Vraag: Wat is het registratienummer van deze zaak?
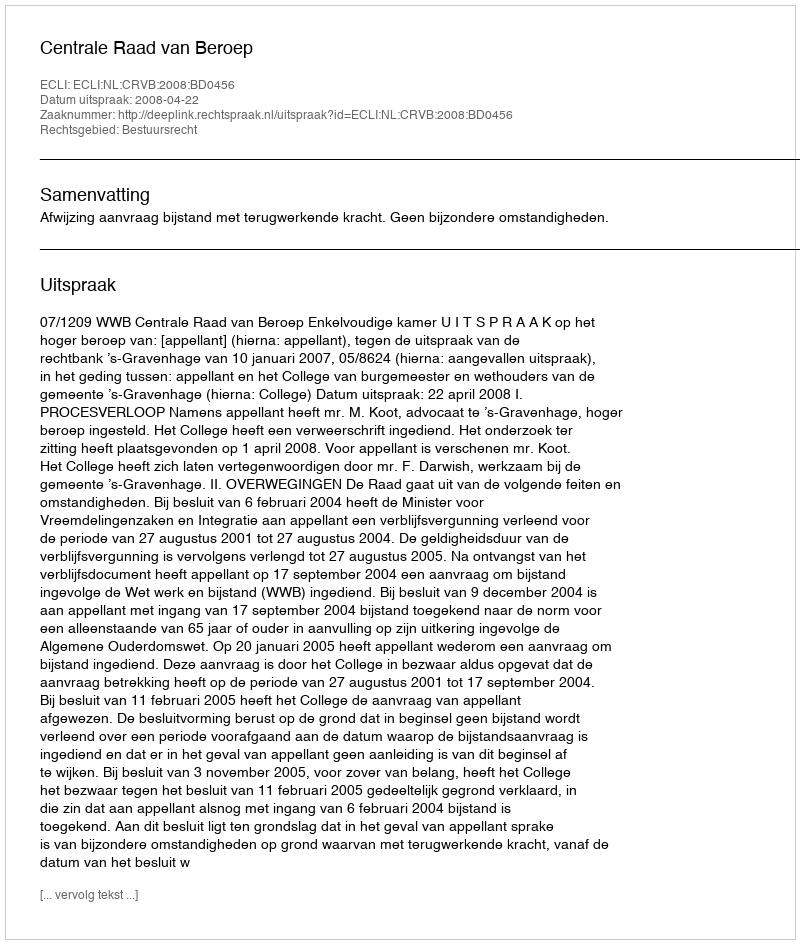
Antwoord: http://deeplink.rechtspraak.nl/uitspraak?id=ECLI:NL:CRVB:2008:BD0456